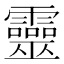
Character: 靈